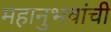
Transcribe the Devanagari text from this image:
महानुभवांची